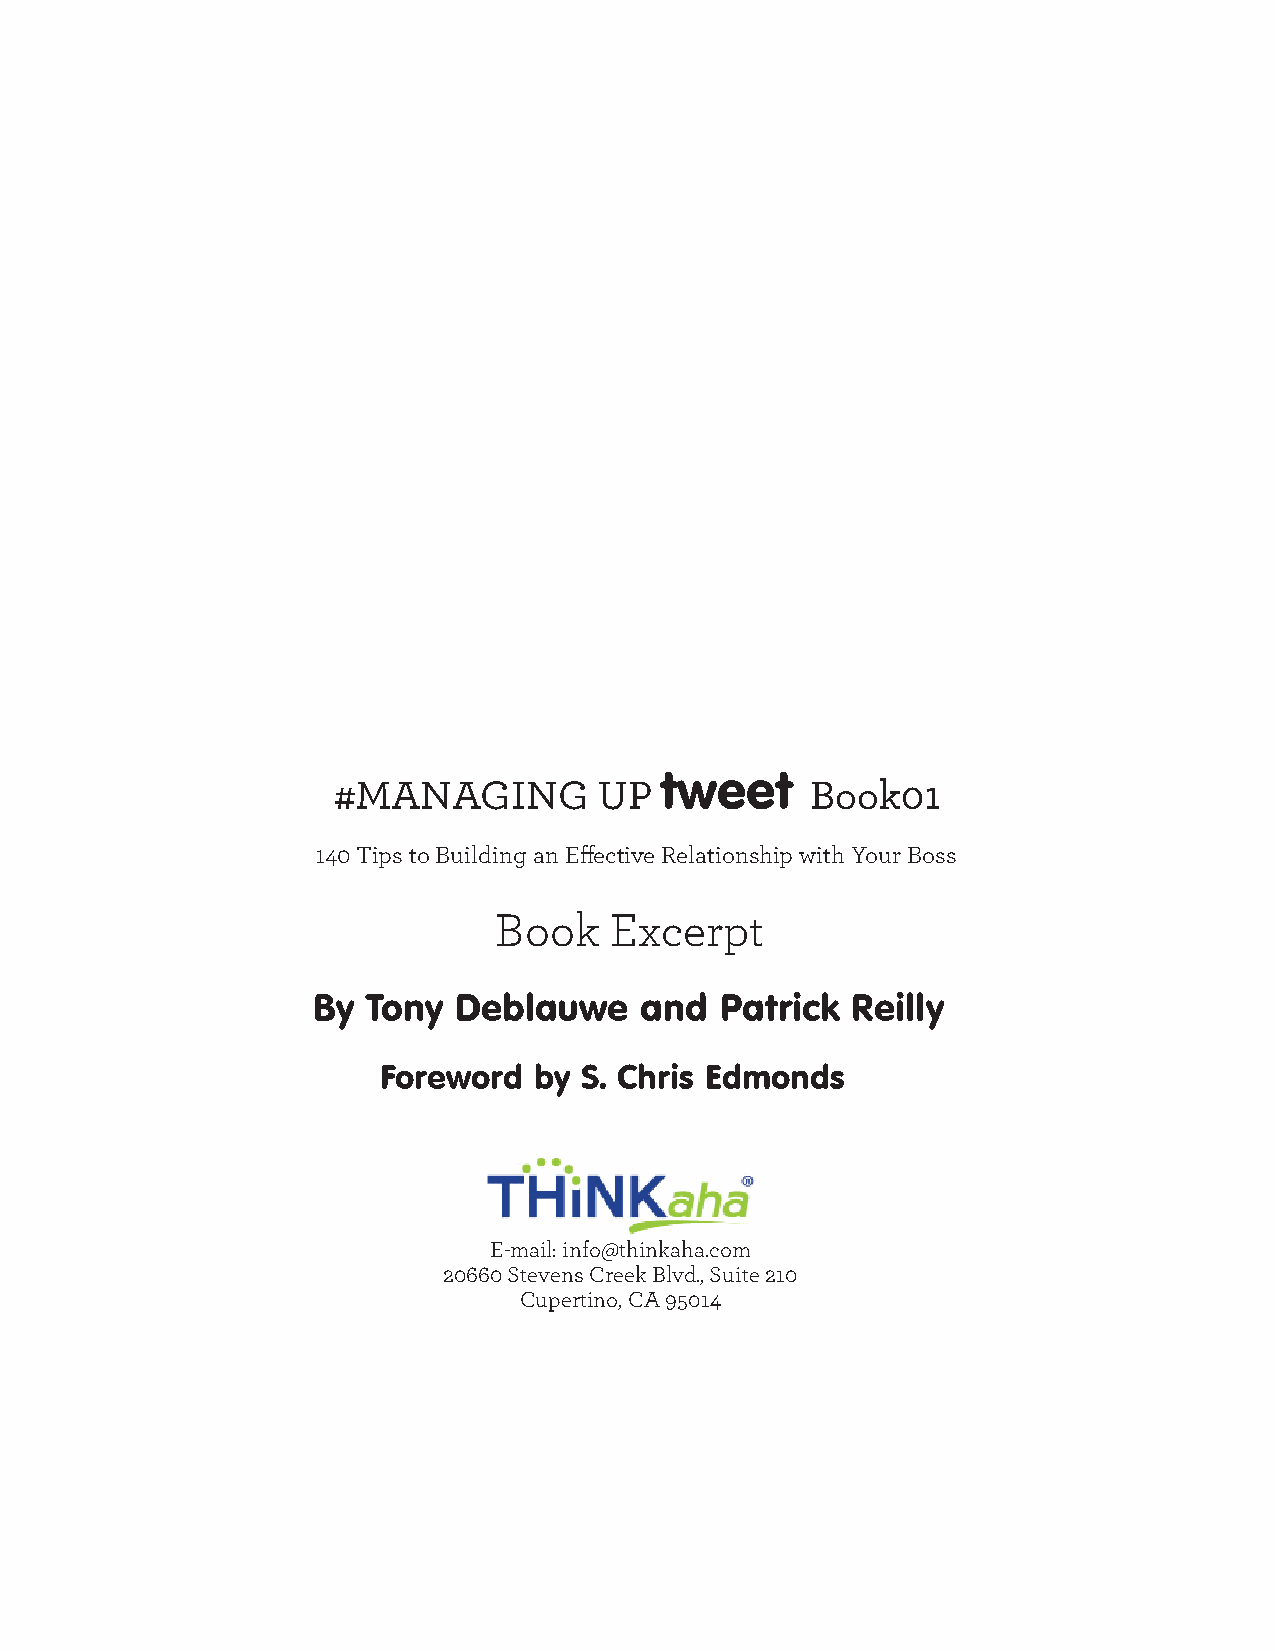
#MANAGING         UP  tweet     Book01
 140 Tips to Building an Eff ective Relationship with Your Boss
 Book   Excerpt
 By Tony  Deblauwe    and   Patrick Reilly
 Foreword  by S. Chris Edmonds
 E-mail: info@thinkaha.com
 20660 Stevens Creek Blvd., Suite 210
 Cupertino, CA 95014